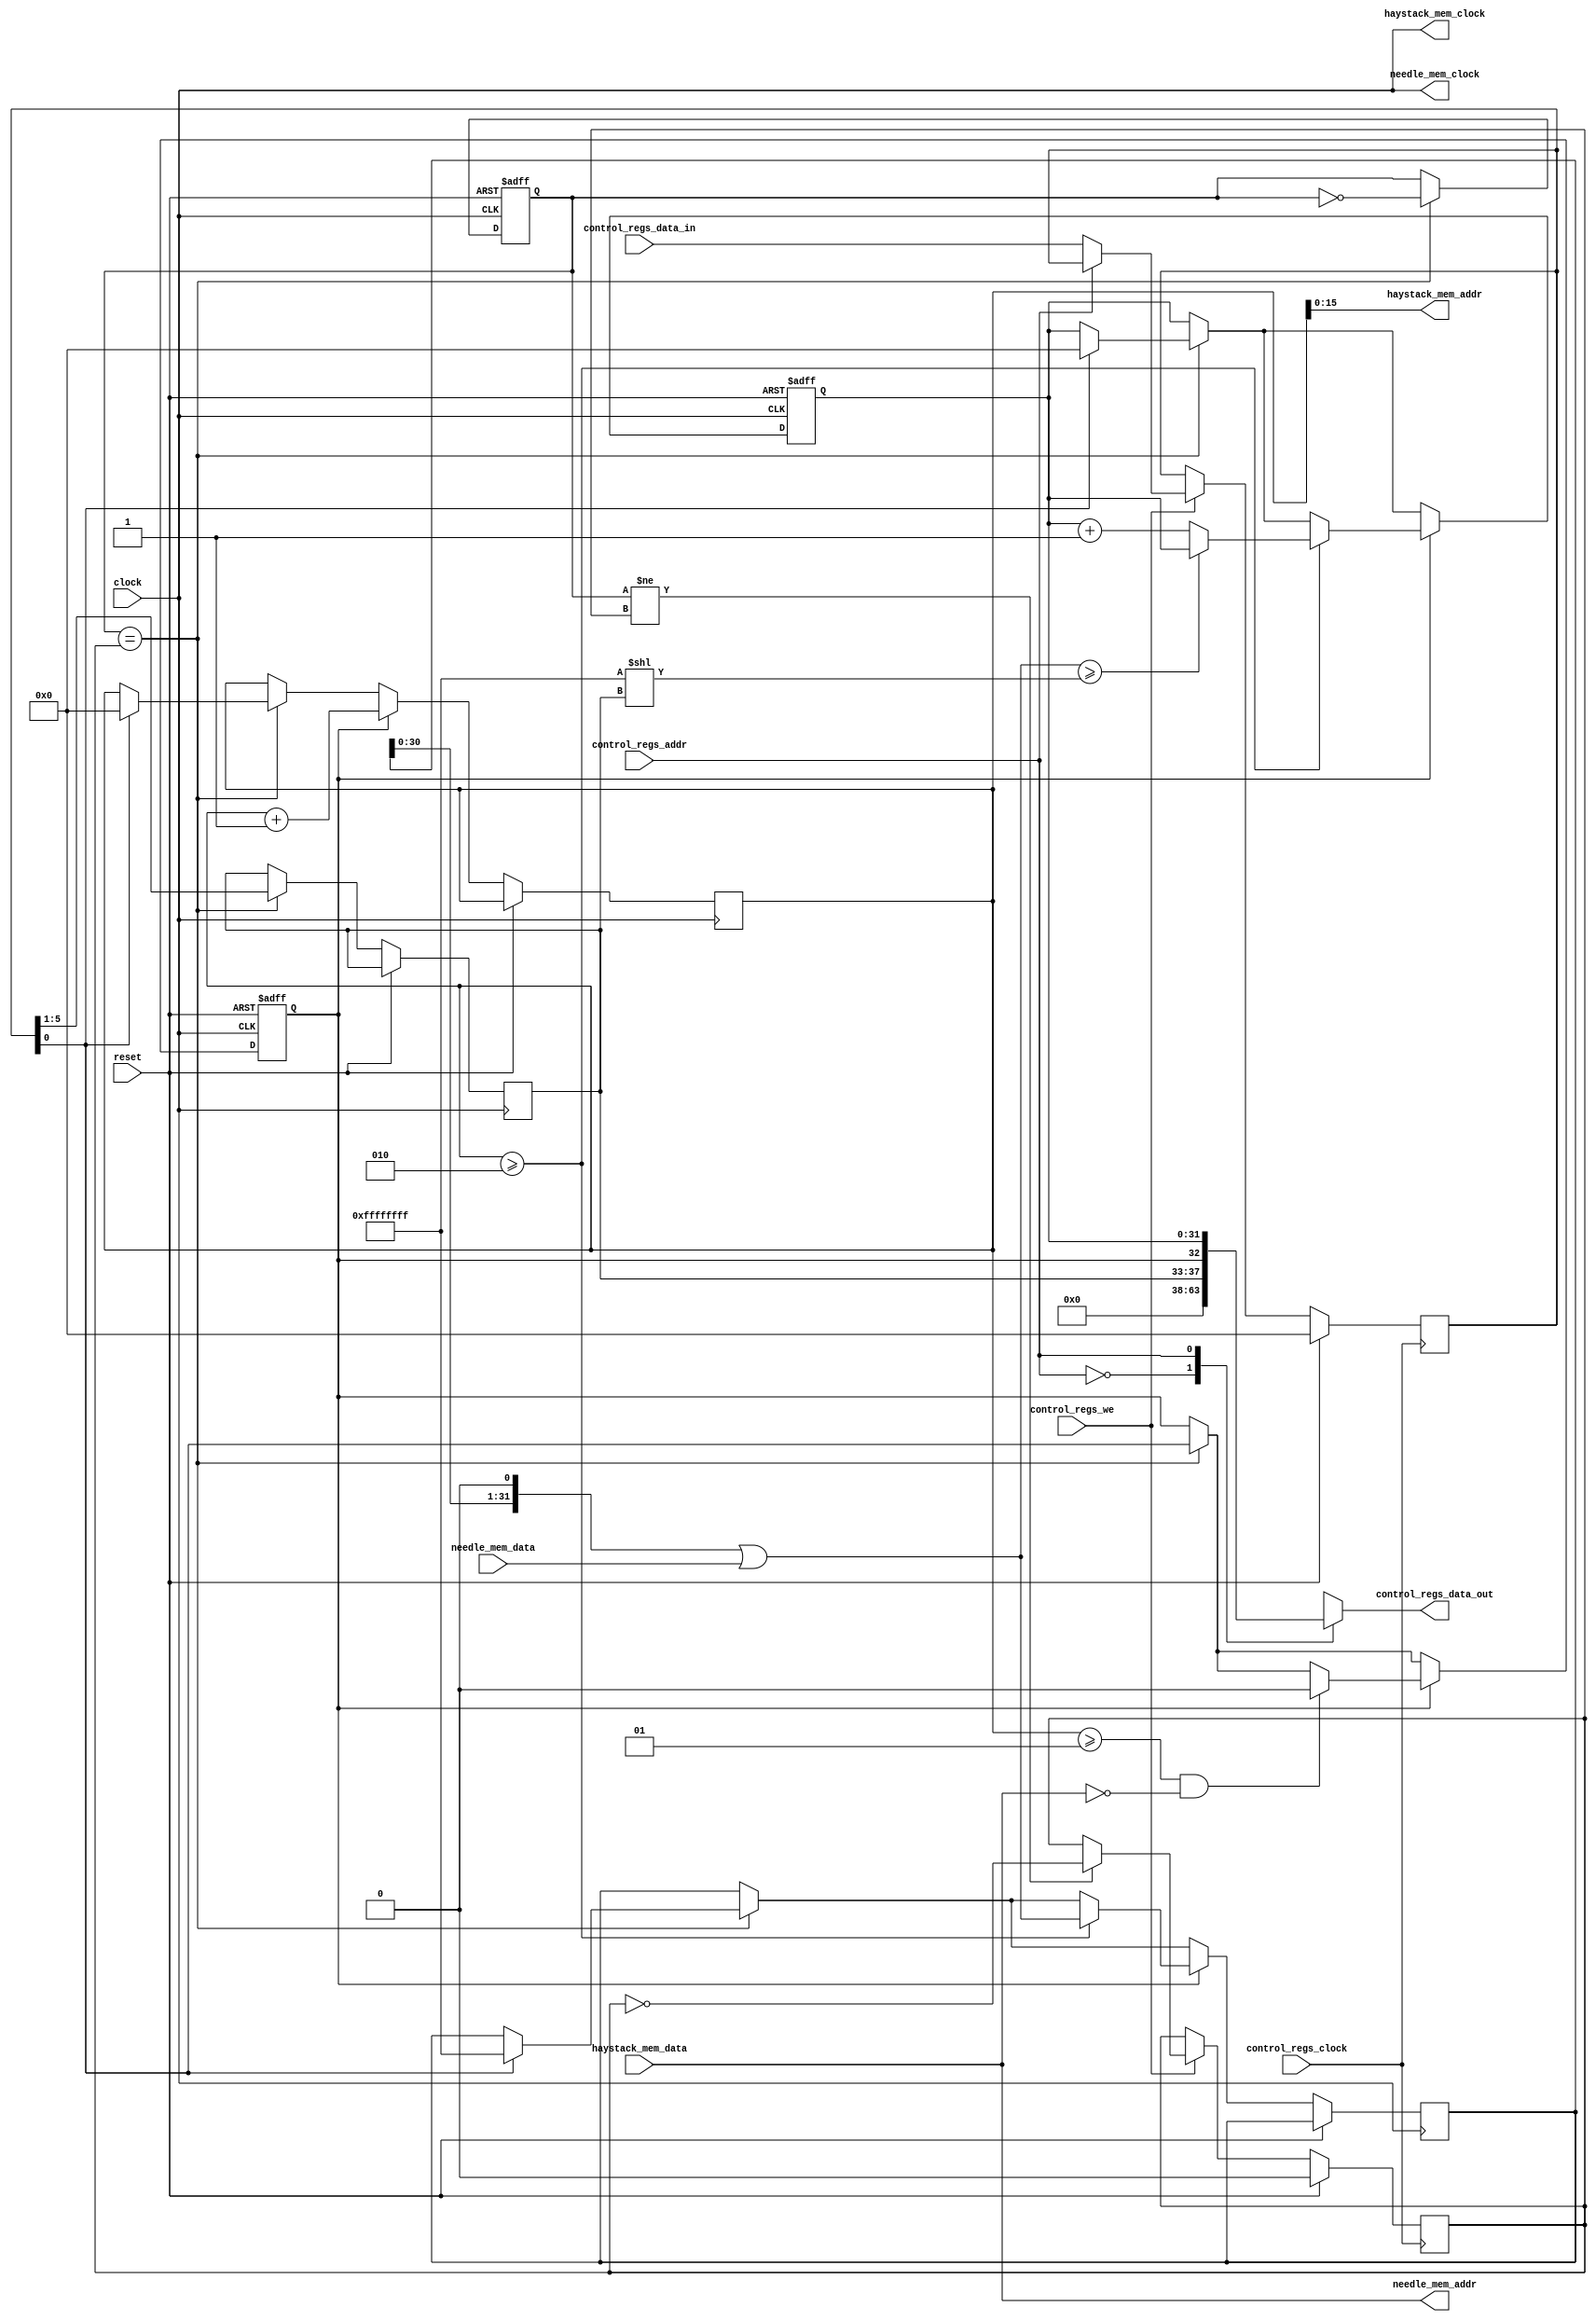
module bitap
(
	// Control registers stuff
	input control_regs_clock,
	input control_regs_we,
	input [0:0] control_regs_addr,
	input [31:0] control_regs_data_in,
	output reg [31:0] control_regs_data_out,
	
	// Memory for haystack
	output haystack_mem_clock,
	output [15:0] haystack_mem_addr,
	input [7:0] haystack_mem_data,
	
	// Memory for needle
	output needle_mem_clock,
	output [7:0] needle_mem_addr,
	input [31:0] needle_mem_data,
	
	// Clock and reset
	input clock,
	input reset
);

	reg run_enable;
	reg [4:0] needle_shift;
	reg [31:0] match_amount;
	reg [31:0] state;
	reg [31:0] needle_data;
	reg [31:0] control_reg0;
	reg wflag0, wflag1;
	integer counter;
	
	wire [31:0] state_limit = 32'hFFFF_FFFF << needle_shift;
	wire [31:0] new_state = (state << 1) | needle_mem_data;
	
	assign needle_mem_clock = clock;
	assign needle_mem_addr = haystack_mem_data;
	assign haystack_mem_clock = clock;
	assign haystack_mem_addr = counter;
	
	always @*
	begin
		case(control_regs_addr)
			1'b0: control_regs_data_out <= {needle_shift, run_enable};
			1'b1: control_regs_data_out <= match_amount;
		endcase
	end
	
	always @(posedge control_regs_clock)
	begin
		if (reset)
		begin
			wflag0 <= 1'b0;
			control_reg0 <= 1'b0;
		end
		
		else
		begin
			if (control_regs_we)
			begin
				case(control_regs_addr)
					1'b0: control_reg0 <= control_regs_data_in;
				endcase
				if (wflag1 != wflag0) wflag0 <= ~wflag0;
			end
		end
	end

	always @(posedge reset or posedge clock)
	begin
		if (reset)
		begin
			wflag1 <= 1'b0;
			run_enable <= 1'b0;
			match_amount <= 1'b0;
		end
		
		else
		begin
			if (wflag1 == wflag0)
			begin
				wflag1 <= ~wflag1;
				{needle_shift, run_enable} <= control_reg0;
				
				if (control_reg0[0]) // If run_enable will be set
				begin
					counter <= 1'b0;
					match_amount <= 1'b0;
					state <= 32'hFFFF_FFFF;
				end
			end
		
			if (run_enable)
			begin
				if (counter >= 2)
				begin
					state <= new_state;
					
					if (new_state >= state_limit) match_amount <= match_amount;
					else match_amount <= match_amount + 1'b1;
				end
				
				// if we get null-terminator then stop
				if (counter >= 1 && !haystack_mem_data) run_enable <= 1'b0;
				
				counter <= counter + 1'b1;
			end
		end
	end

endmodule